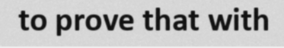
to prove that with